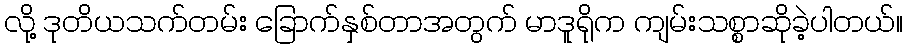
လို့ ဒုတိယသက်တမ်း ခြောက်နှစ်တာအတွက် မာဒူရိုက ကျမ်းသစ္စာဆိုခဲ့ပါတယ်။